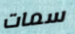
سمات